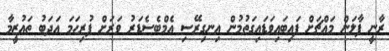
ރާނީ ފާލަން މައްޗަށް ފައިބައިވަޑައިގަތުމުން އިނގިރޭސި އެމްބެސެޑަރު ވަރަށް ފުރިހަމަ އަދަބު ތަޢުޒީމާ